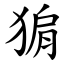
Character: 猏